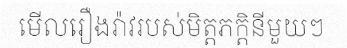
មើលរឿងរ៉ាវរបស់មិត្តភក្តិនីមួយៗ